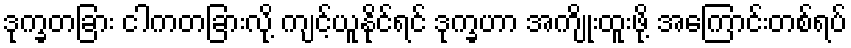
ဒုက္ခတခြား ငါကတခြားလို့ ကျင့်ယူနိုင်ရင် ဒုက္ခဟာ အကျိုးထူးဖို့ အကြောင်းတစ်ရပ်